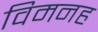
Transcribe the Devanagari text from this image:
विमनह